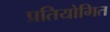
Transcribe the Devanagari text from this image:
प्रतियोगित